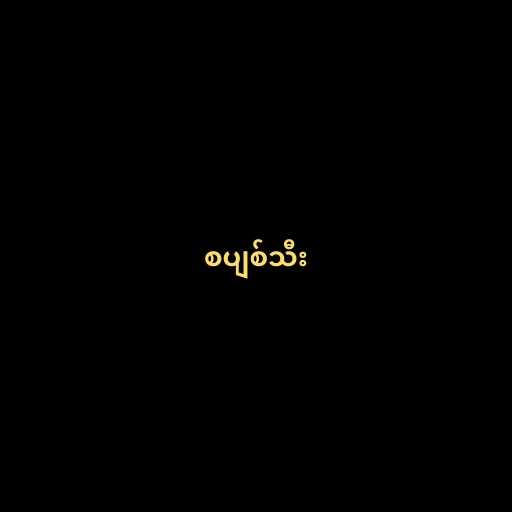
စပျစ်သီး